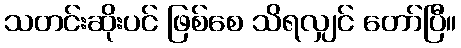
သတင်းဆိုးပင် ဖြစ်စေ သိရလျှင် တော်ပြီ။